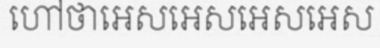
ហៅថាអេសអេសអេសអេស